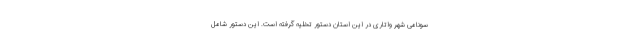
سونامی شهر واتاری در این استان دستور تخلیه گرفته است. این دستور شامل